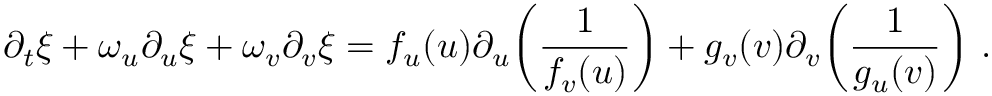
\partial _ { t } \xi + \omega _ { u } \partial _ { u } \xi + \omega _ { v } \partial _ { v } \xi = f _ { u } ( u ) \partial _ { u } \! \left( \frac { 1 } { f _ { v } ( u ) } \right) + g _ { v } ( v ) \partial _ { v } \! \left( \frac { 1 } { g _ { u } ( v ) } \right) \, .